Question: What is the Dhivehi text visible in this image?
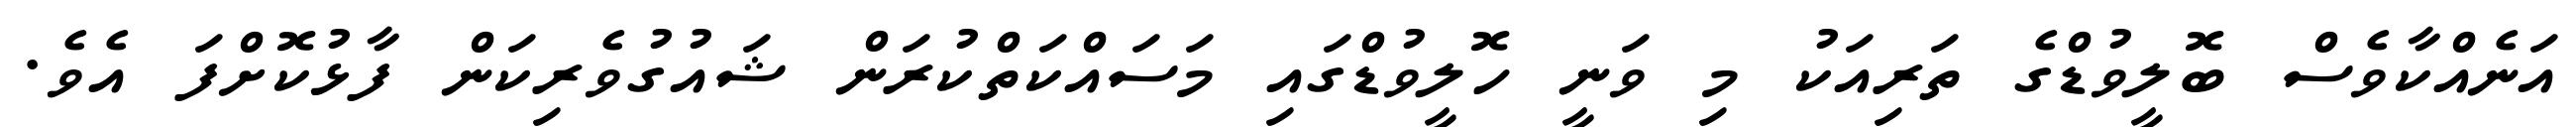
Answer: އަނެއްކާވެސް ބޮލީވުޑްގެ ތަރިއަކު މި ވަނީ ހޮލީވުޑްގައި މަސައްކަތްކުރަން ޝައުގުވެރިކަން ފާޅުކޮށްފަ އެވެ.